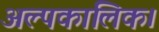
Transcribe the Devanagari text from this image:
अल्पकालिक।